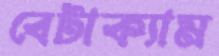
বেটাক্যাম